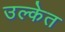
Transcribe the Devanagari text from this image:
उल्केत